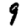
Digit: 9